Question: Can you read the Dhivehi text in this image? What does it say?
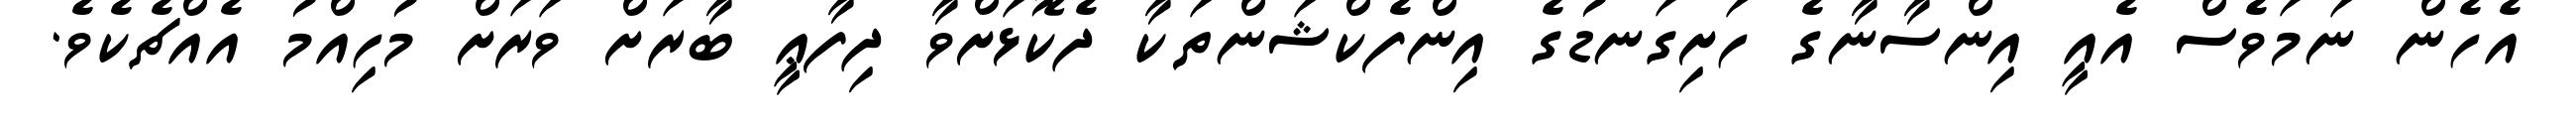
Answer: އެހެން ނަމަވެސް އެއީ އިންސާނާގެ ހަށިގަނޑުގެ އިންފެކްޝަންތަކާ ދެކޮޅަށްވާ ދިފާޢީ ބާރަށް ވަރަށް މުހިއްމު އެއްޗެކެވެ.